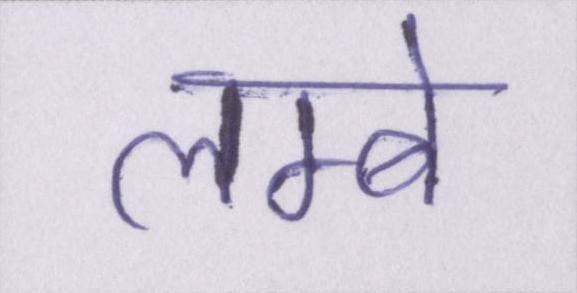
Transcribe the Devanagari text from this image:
लम्बे